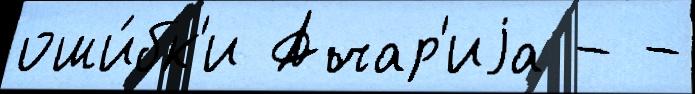
оши́бк'и Ачар'иjа - -